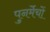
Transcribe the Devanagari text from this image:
पुनर्मेचों